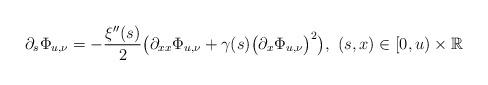
LaTeX: \begin{align*}\partial_s \Phi_{u,\nu}&=-\frac{\xi''(s)}{2}\bigl(\partial_{xx}\Phi_{u,\nu}+\gamma(s)\bigl(\partial_x\Phi_{u,\nu}\bigr)^2\bigr),\,\,(s,x)\in [0,u)\times\mathbb{R}\end{align*}